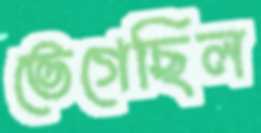
ভেগেছিল